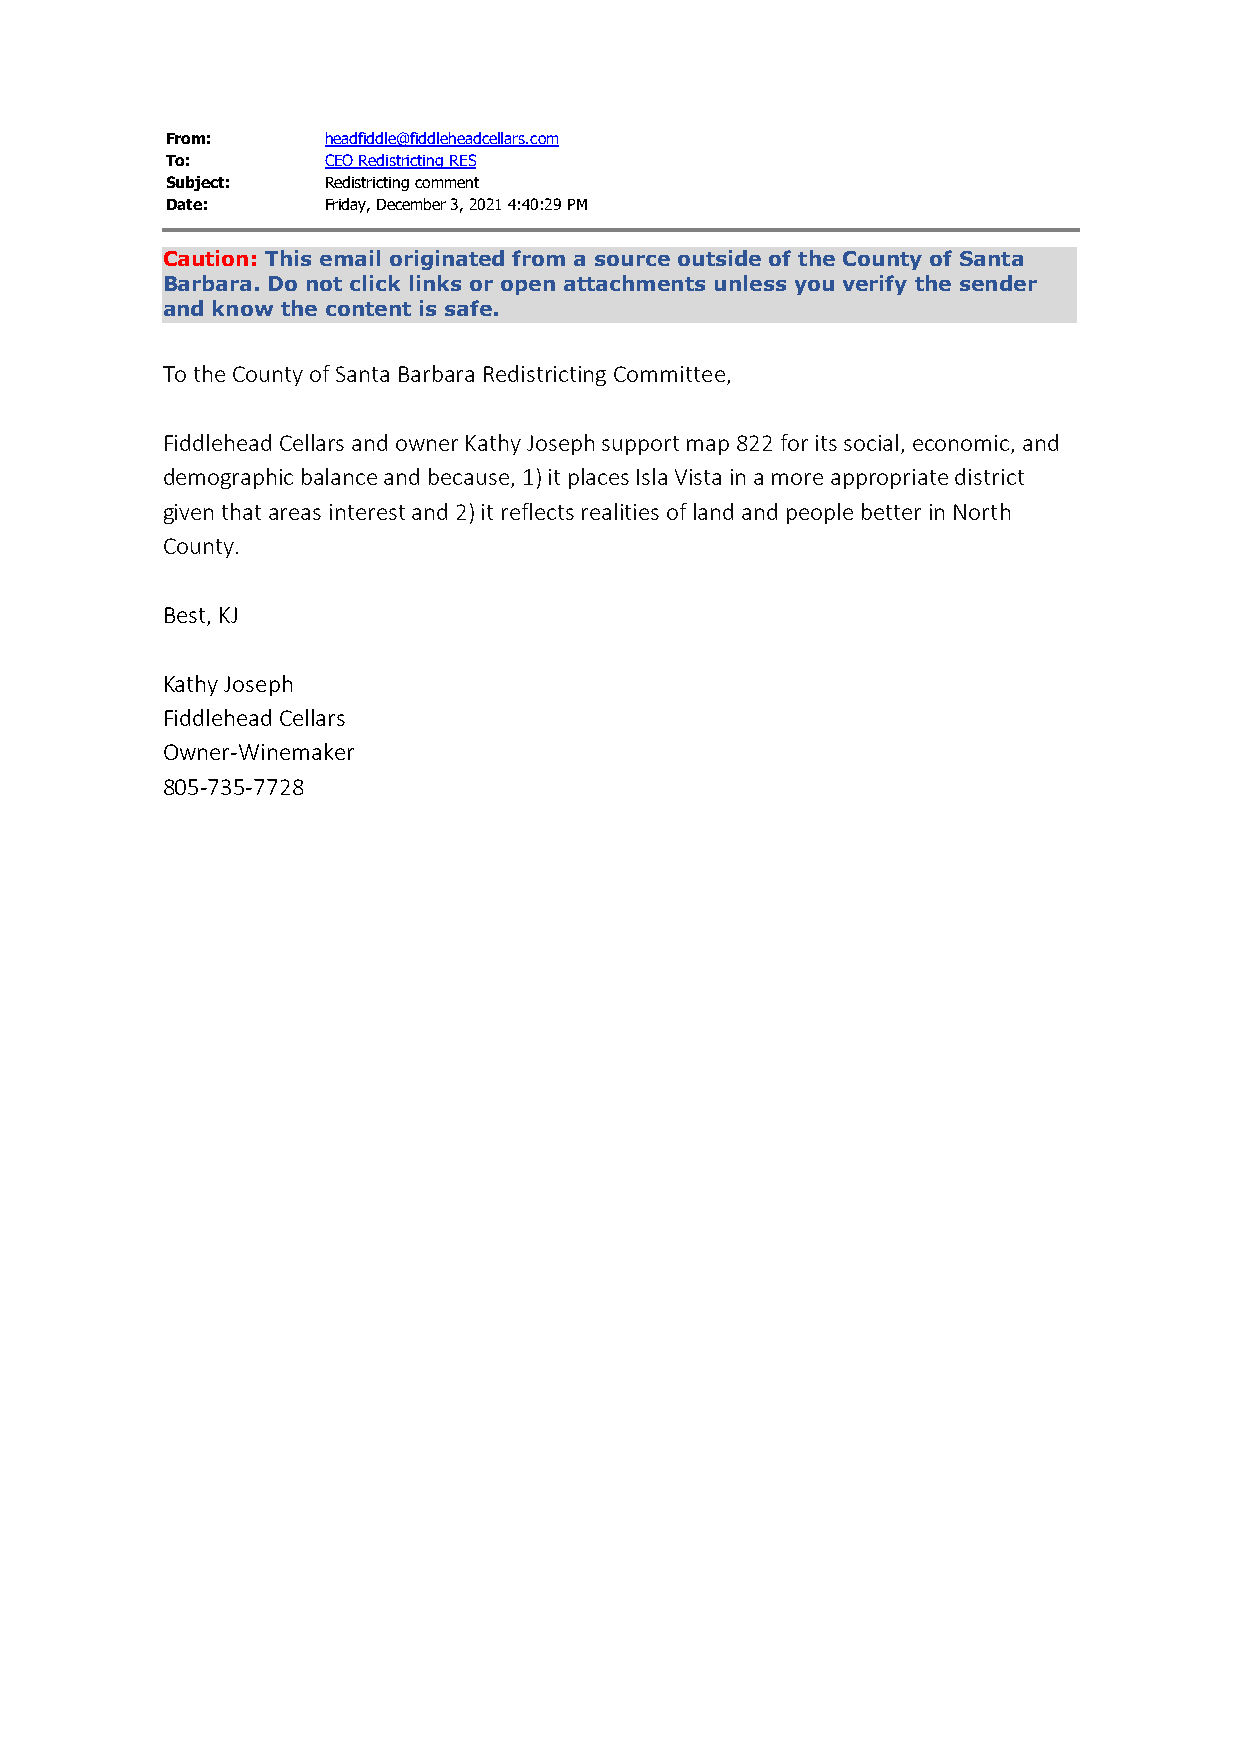
From:      headfiddle@fiddleheadcellars.com
 To:        CEO Redistricting RES
 Subject:   Redistricting comment
 Date:      Friday, December 3, 2021 4:40:29 PM
 Caution: This email originated from a source outside of the County of Santa
 Barbara. Do not click links or open attachments unless you verify the sender
 and know the content is safe.
 To the County of Santa Barbara Redistricting Committee,
 Fiddlehead Cellars and owner Kathy Joseph support map 822 for its social, economic, and
 demographic balance and because, 1) it places Isla Vista in a more appropriate district
 given that areas interest and 2) it reflects realities of land and people better in North
 County.
 Best, KJ
 Kathy Joseph
 Fiddlehead Cellars
 Owner-Winemaker
 805-735-7728